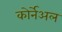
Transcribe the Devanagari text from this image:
कोर्नेअल